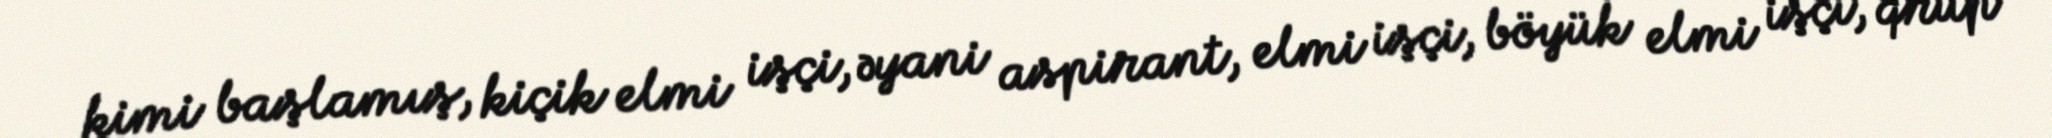
kimi başlamış, kiçik elmi işçi, əyani aspirant, elmi işçi, böyük elmi işçi, qrup